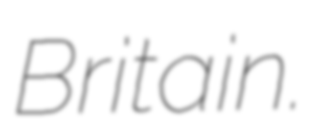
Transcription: Britain.